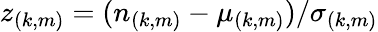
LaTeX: z_{(k,m)}=(n_{(k,m)}-\mu_{(k,m)})/\sigma_{(k,m)}